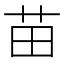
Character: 苗